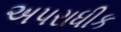
અપરાધીક